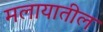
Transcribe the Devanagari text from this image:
मलायातील